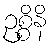
ဥစ္စိနိ